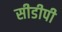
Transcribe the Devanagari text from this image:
सीडीपी